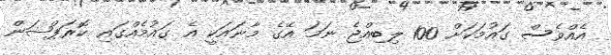
އެއްވެސް ގައުމަކަށް 100 ލިބިއްޖެ ނަމަ އޭގެ މާނައަކީ އެ ގައުމެއްގައި ކޮރަޕްޝަން